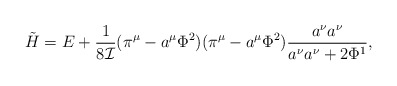
\begin{align*}\tilde{H}= E +\frac{1}{8{\cal I}}(\pi^{\mu}-a^{\mu}\Phi^{2})(\pi^{\mu}-a^{\mu}\Phi^{2})\frac{a^{\nu}a^{\nu}}{a^{\nu}a^{\nu}+2\Phi^{1}},\end{align*}